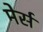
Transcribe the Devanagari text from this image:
मेर्स